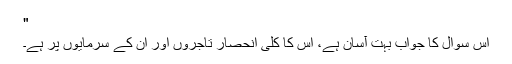
"
اس سوال کا جواب بہت آسان ہے، اس کا کلی انحصار تاجروں اور ان کے سرمایوں پر ہے۔